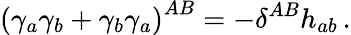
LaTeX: \left(\gamma_{a}\gamma_{b}+\gamma_{b}\gamma_{a}\right)^{AB}=-\delta^{AB}h_{ab}\, .